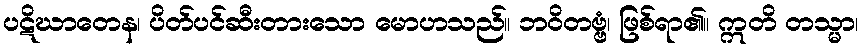
ပဋိဃာတေန၊ ပိတ်ပင်ဆီးတားသော မောဟသည်။ ဘဝိတဗ္ဗံ၊ ဖြစ်ရာ၏။ ဣတိ တသ္မာ၊